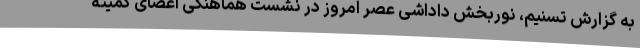
به گزارش تسنیم، نوربخش داداشی عصر امروز در نشست هماهنگی اعضای کمیته